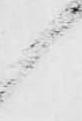
候